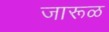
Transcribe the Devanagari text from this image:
जारूळ